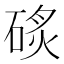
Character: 䂹